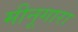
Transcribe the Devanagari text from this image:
मीनूगारा